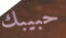
حبيبك